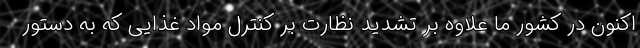
اکنون در کشور ما علاوه بر تشدید نظارت بر کنترل مواد غذایی که به دستور